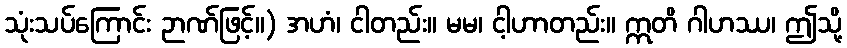
သုံးသပ်ကြောင်း ဉာဏ်ဖြင့်။) အဟံ၊ ငါတည်း။ မမ၊ ငါ့ဟာတည်း။ ဣတိ ဂါဟဿ၊ ဤသို့